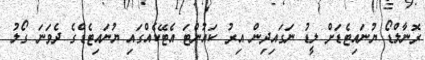
ރޮނާލްޑޯ ޔުނައިޓެޑަށް ލީޑު ނަގައިދިން އިރު ކައުންޓަ އެޓޭކެއްގައި ޔުނައިޓެޑްގެ ދެވަނަ ގޯލު